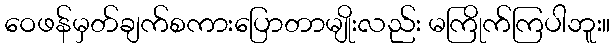
ဝေဖန်မှတ်ချက်စကားပြောတာမျိုးလည်း မကြိုက်ကြပါဘူး။